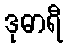
ဒုဓာရီ